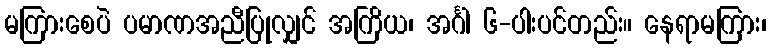
မကြားစေပဲ ပမာဏအညီပြုလျှင် အကြိယ၊ အင်္ဂါ ၆-ပါးပင်တည်း။ နေရာမကြား၊